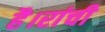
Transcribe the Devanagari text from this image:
है।रांची